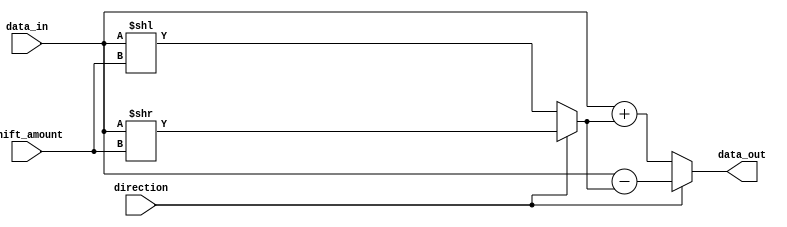
module hybrid_barrel_shifter (
  input wire [7:0] data_in,
  input wire [2:0] shift_amount,
  input wire direction,
  output reg [7:0] data_out
);

  reg [7:0] shifted_data;

  always @ (data_in or shift_amount or direction) begin
    if (direction == 1'b0) begin //left shift
      shifted_data = data_in << shift_amount;
    end else begin //right shift
      shifted_data = data_in >> shift_amount;
    end
  end

  always @ (*) begin
    if (direction == 1'b0) begin
      data_out = data_in + shifted_data;
    end else begin
      data_out = data_in - shifted_data;
    end
  end

endmodule